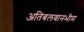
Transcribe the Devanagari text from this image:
अतिबलवानभीम